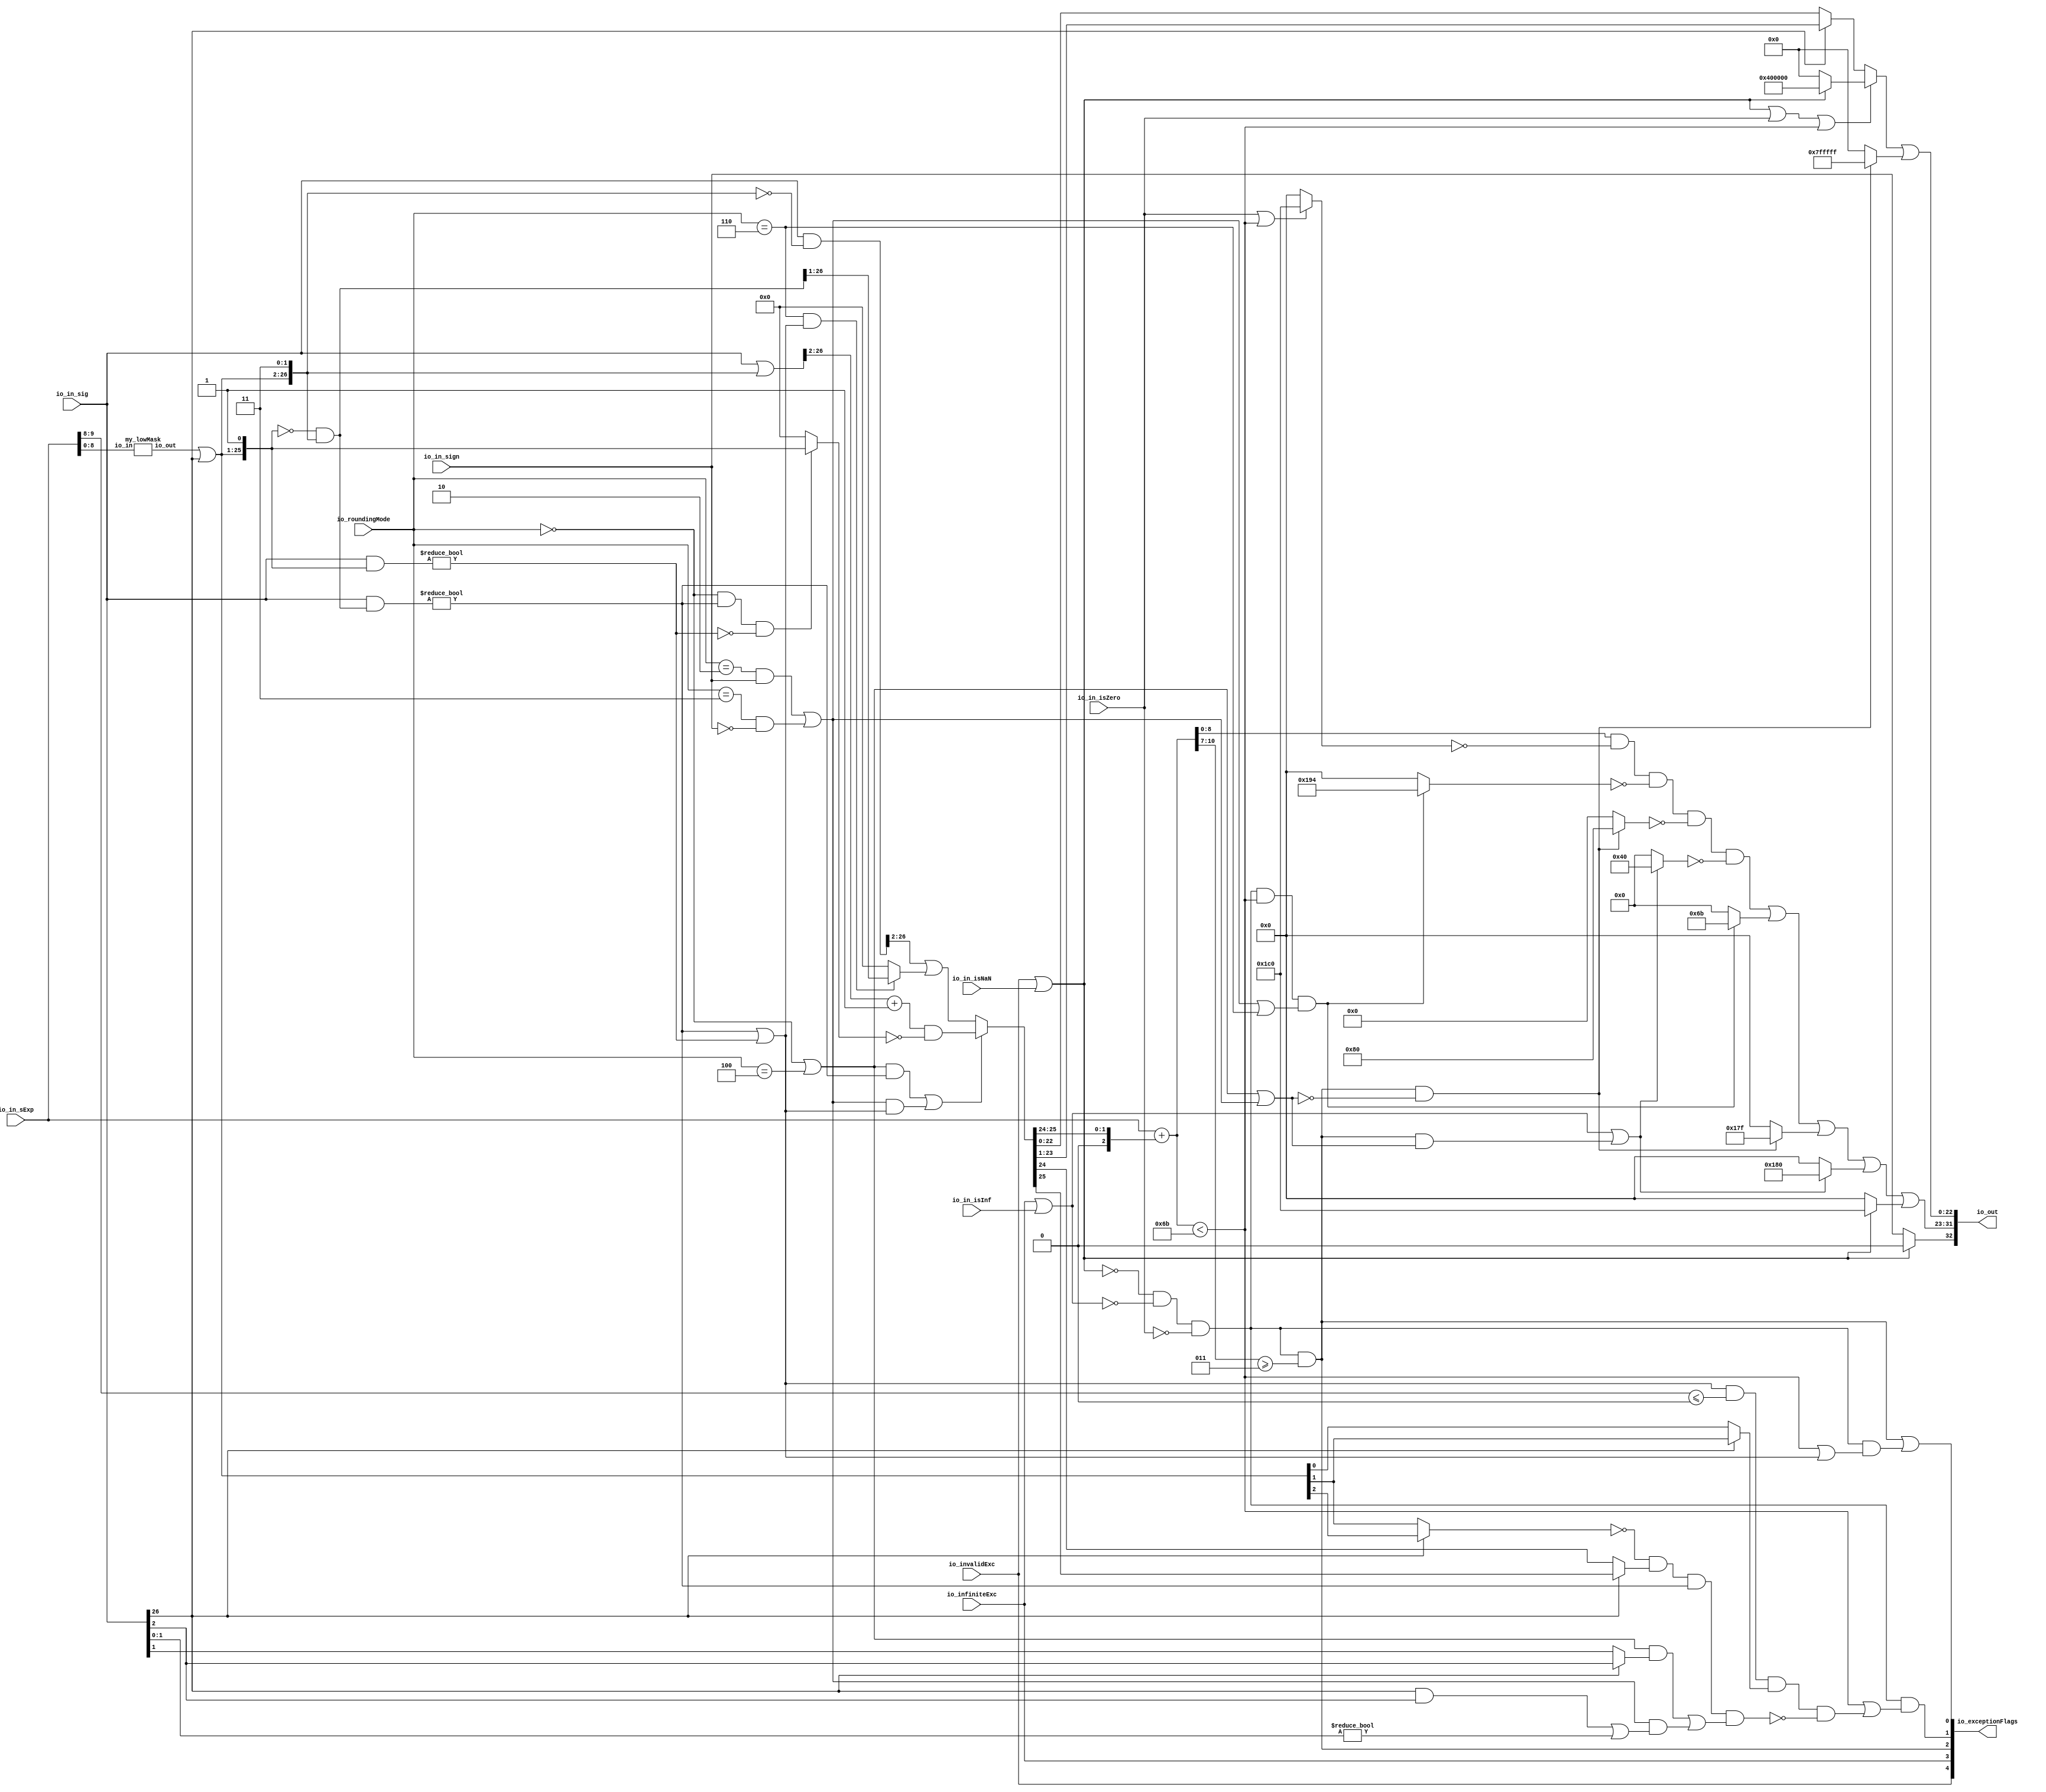
module RoundAnyRawFNToRecFN( // @[:freechips.rocketchip.system.DefaultRV32Config.fir@190939.2]
  input         io_invalidExc, // @[:freechips.rocketchip.system.DefaultRV32Config.fir@190940.4]
  input         io_infiniteExc, // @[:freechips.rocketchip.system.DefaultRV32Config.fir@190940.4]
  input         io_in_isNaN, // @[:freechips.rocketchip.system.DefaultRV32Config.fir@190940.4]
  input         io_in_isInf, // @[:freechips.rocketchip.system.DefaultRV32Config.fir@190940.4]
  input         io_in_isZero, // @[:freechips.rocketchip.system.DefaultRV32Config.fir@190940.4]
  input         io_in_sign, // @[:freechips.rocketchip.system.DefaultRV32Config.fir@190940.4]
  input  [9:0]  io_in_sExp, // @[:freechips.rocketchip.system.DefaultRV32Config.fir@190940.4]
  input  [26:0] io_in_sig, // @[:freechips.rocketchip.system.DefaultRV32Config.fir@190940.4]
  input  [2:0]  io_roundingMode, // @[:freechips.rocketchip.system.DefaultRV32Config.fir@190940.4]
  output [32:0] io_out, // @[:freechips.rocketchip.system.DefaultRV32Config.fir@190940.4]
  output [4:0]  io_exceptionFlags // @[:freechips.rocketchip.system.DefaultRV32Config.fir@190940.4]
);
  wire [8:0] my_lowMask_io_in; // @[RoundAnyRawFNToRecFN.scala 160:40:freechips.rocketchip.system.DefaultRV32Config.fir@190967.4]
  wire [24:0] my_lowMask_io_out; // @[RoundAnyRawFNToRecFN.scala 160:40:freechips.rocketchip.system.DefaultRV32Config.fir@190967.4]
  wire  roundingMode_near_even; // @[RoundAnyRawFNToRecFN.scala 88:53:freechips.rocketchip.system.DefaultRV32Config.fir@190943.4]
  wire  roundingMode_min; // @[RoundAnyRawFNToRecFN.scala 90:53:freechips.rocketchip.system.DefaultRV32Config.fir@190945.4]
  wire  roundingMode_max; // @[RoundAnyRawFNToRecFN.scala 91:53:freechips.rocketchip.system.DefaultRV32Config.fir@190946.4]
  wire  roundingMode_near_maxMag; // @[RoundAnyRawFNToRecFN.scala 92:53:freechips.rocketchip.system.DefaultRV32Config.fir@190947.4]
  wire  roundingMode_odd; // @[RoundAnyRawFNToRecFN.scala 93:53:freechips.rocketchip.system.DefaultRV32Config.fir@190948.4]
  wire  _T; // @[RoundAnyRawFNToRecFN.scala 96:27:freechips.rocketchip.system.DefaultRV32Config.fir@190949.4]
  wire  _T_1; // @[RoundAnyRawFNToRecFN.scala 96:66:freechips.rocketchip.system.DefaultRV32Config.fir@190950.4]
  wire  _T_2; // @[RoundAnyRawFNToRecFN.scala 96:63:freechips.rocketchip.system.DefaultRV32Config.fir@190951.4]
  wire  roundMagUp; // @[RoundAnyRawFNToRecFN.scala 96:42:freechips.rocketchip.system.DefaultRV32Config.fir@190952.4]
  wire  doShiftSigDown1; // @[RoundAnyRawFNToRecFN.scala 120:61:freechips.rocketchip.system.DefaultRV32Config.fir@190954.4]
  wire [24:0] _GEN_0; // @[RoundAnyRawFNToRecFN.scala 163:21:freechips.rocketchip.system.DefaultRV32Config.fir@190971.4]
  wire [24:0] _T_4; // @[RoundAnyRawFNToRecFN.scala 163:21:freechips.rocketchip.system.DefaultRV32Config.fir@190971.4]
  wire [26:0] roundMask; // @[Cat.scala 29:58:freechips.rocketchip.system.DefaultRV32Config.fir@190972.4]
  wire [26:0] shiftedRoundMask; // @[Cat.scala 29:58:freechips.rocketchip.system.DefaultRV32Config.fir@190974.4]
  wire [26:0] _T_6; // @[RoundAnyRawFNToRecFN.scala 170:28:freechips.rocketchip.system.DefaultRV32Config.fir@190975.4]
  wire [26:0] roundPosMask; // @[RoundAnyRawFNToRecFN.scala 170:46:freechips.rocketchip.system.DefaultRV32Config.fir@190976.4]
  wire [26:0] _T_7; // @[RoundAnyRawFNToRecFN.scala 172:40:freechips.rocketchip.system.DefaultRV32Config.fir@190977.4]
  wire  roundPosBit; // @[RoundAnyRawFNToRecFN.scala 172:56:freechips.rocketchip.system.DefaultRV32Config.fir@190978.4]
  wire [26:0] _T_8; // @[RoundAnyRawFNToRecFN.scala 174:42:freechips.rocketchip.system.DefaultRV32Config.fir@190979.4]
  wire  anyRoundExtra; // @[RoundAnyRawFNToRecFN.scala 174:62:freechips.rocketchip.system.DefaultRV32Config.fir@190980.4]
  wire  anyRound; // @[RoundAnyRawFNToRecFN.scala 176:36:freechips.rocketchip.system.DefaultRV32Config.fir@190981.4]
  wire  _T_9; // @[RoundAnyRawFNToRecFN.scala 180:38:freechips.rocketchip.system.DefaultRV32Config.fir@190982.4]
  wire  _T_10; // @[RoundAnyRawFNToRecFN.scala 180:67:freechips.rocketchip.system.DefaultRV32Config.fir@190983.4]
  wire  _T_11; // @[RoundAnyRawFNToRecFN.scala 182:29:freechips.rocketchip.system.DefaultRV32Config.fir@190984.4]
  wire  roundIncr; // @[RoundAnyRawFNToRecFN.scala 181:31:freechips.rocketchip.system.DefaultRV32Config.fir@190985.4]
  wire [26:0] _T_12; // @[RoundAnyRawFNToRecFN.scala 186:32:freechips.rocketchip.system.DefaultRV32Config.fir@190986.4]
  wire [25:0] _T_14; // @[RoundAnyRawFNToRecFN.scala 186:49:freechips.rocketchip.system.DefaultRV32Config.fir@190988.4]
  wire  _T_15; // @[RoundAnyRawFNToRecFN.scala 187:49:freechips.rocketchip.system.DefaultRV32Config.fir@190989.4]
  wire  _T_16; // @[RoundAnyRawFNToRecFN.scala 188:30:freechips.rocketchip.system.DefaultRV32Config.fir@190990.4]
  wire  _T_17; // @[RoundAnyRawFNToRecFN.scala 187:64:freechips.rocketchip.system.DefaultRV32Config.fir@190991.4]
  wire [25:0] _T_19; // @[RoundAnyRawFNToRecFN.scala 187:25:freechips.rocketchip.system.DefaultRV32Config.fir@190993.4]
  wire [25:0] _T_20; // @[RoundAnyRawFNToRecFN.scala 187:21:freechips.rocketchip.system.DefaultRV32Config.fir@190994.4]
  wire [25:0] _T_21; // @[RoundAnyRawFNToRecFN.scala 186:61:freechips.rocketchip.system.DefaultRV32Config.fir@190995.4]
  wire [26:0] _T_22; // @[RoundAnyRawFNToRecFN.scala 192:32:freechips.rocketchip.system.DefaultRV32Config.fir@190996.4]
  wire [26:0] _T_23; // @[RoundAnyRawFNToRecFN.scala 192:30:freechips.rocketchip.system.DefaultRV32Config.fir@190997.4]
  wire  _T_25; // @[RoundAnyRawFNToRecFN.scala 193:42:freechips.rocketchip.system.DefaultRV32Config.fir@190999.4]
  wire [25:0] _T_27; // @[RoundAnyRawFNToRecFN.scala 193:24:freechips.rocketchip.system.DefaultRV32Config.fir@191001.4]
  wire [25:0] _GEN_1; // @[RoundAnyRawFNToRecFN.scala 192:47:freechips.rocketchip.system.DefaultRV32Config.fir@191002.4]
  wire [25:0] _T_28; // @[RoundAnyRawFNToRecFN.scala 192:47:freechips.rocketchip.system.DefaultRV32Config.fir@191002.4]
  wire [25:0] roundedSig; // @[RoundAnyRawFNToRecFN.scala 185:16:freechips.rocketchip.system.DefaultRV32Config.fir@191003.4]
  wire [2:0] _T_30; // @[RoundAnyRawFNToRecFN.scala 198:69:freechips.rocketchip.system.DefaultRV32Config.fir@191005.4]
  wire [9:0] _GEN_2; // @[RoundAnyRawFNToRecFN.scala 198:40:freechips.rocketchip.system.DefaultRV32Config.fir@191006.4]
  wire [10:0] sRoundedExp; // @[RoundAnyRawFNToRecFN.scala 198:40:freechips.rocketchip.system.DefaultRV32Config.fir@191006.4]
  wire [8:0] common_expOut; // @[RoundAnyRawFNToRecFN.scala 201:37:freechips.rocketchip.system.DefaultRV32Config.fir@191007.4]
  wire [22:0] common_fractOut; // @[RoundAnyRawFNToRecFN.scala 203:16:freechips.rocketchip.system.DefaultRV32Config.fir@191011.4]
  wire [3:0] _T_35; // @[RoundAnyRawFNToRecFN.scala 210:30:freechips.rocketchip.system.DefaultRV32Config.fir@191013.4]
  wire  common_overflow; // @[RoundAnyRawFNToRecFN.scala 210:50:freechips.rocketchip.system.DefaultRV32Config.fir@191014.4]
  wire  common_totalUnderflow; // @[RoundAnyRawFNToRecFN.scala 214:31:freechips.rocketchip.system.DefaultRV32Config.fir@191016.4]
  wire  unboundedRange_roundPosBit; // @[RoundAnyRawFNToRecFN.scala 217:16:freechips.rocketchip.system.DefaultRV32Config.fir@191020.4]
  wire  _T_41; // @[RoundAnyRawFNToRecFN.scala 220:30:freechips.rocketchip.system.DefaultRV32Config.fir@191022.4]
  wire  _T_43; // @[RoundAnyRawFNToRecFN.scala 220:70:freechips.rocketchip.system.DefaultRV32Config.fir@191024.4]
  wire  unboundedRange_anyRound; // @[RoundAnyRawFNToRecFN.scala 220:49:freechips.rocketchip.system.DefaultRV32Config.fir@191025.4]
  wire  _T_45; // @[RoundAnyRawFNToRecFN.scala 223:67:freechips.rocketchip.system.DefaultRV32Config.fir@191027.4]
  wire  _T_46; // @[RoundAnyRawFNToRecFN.scala 225:29:freechips.rocketchip.system.DefaultRV32Config.fir@191028.4]
  wire  unboundedRange_roundIncr; // @[RoundAnyRawFNToRecFN.scala 224:46:freechips.rocketchip.system.DefaultRV32Config.fir@191029.4]
  wire  roundCarry; // @[RoundAnyRawFNToRecFN.scala 228:16:freechips.rocketchip.system.DefaultRV32Config.fir@191032.4]
  wire [1:0] _T_49; // @[RoundAnyRawFNToRecFN.scala 238:48:freechips.rocketchip.system.DefaultRV32Config.fir@191033.4]
  wire  _T_50; // @[RoundAnyRawFNToRecFN.scala 238:62:freechips.rocketchip.system.DefaultRV32Config.fir@191034.4]
  wire  _T_51; // @[RoundAnyRawFNToRecFN.scala 238:32:freechips.rocketchip.system.DefaultRV32Config.fir@191035.4]
  wire  _T_54; // @[RoundAnyRawFNToRecFN.scala 239:30:freechips.rocketchip.system.DefaultRV32Config.fir@191038.4]
  wire  _T_55; // @[RoundAnyRawFNToRecFN.scala 238:74:freechips.rocketchip.system.DefaultRV32Config.fir@191039.4]
  wire  _T_59; // @[RoundAnyRawFNToRecFN.scala 241:39:freechips.rocketchip.system.DefaultRV32Config.fir@191043.4]
  wire  _T_60; // @[RoundAnyRawFNToRecFN.scala 241:34:freechips.rocketchip.system.DefaultRV32Config.fir@191044.4]
  wire  _T_62; // @[RoundAnyRawFNToRecFN.scala 244:38:freechips.rocketchip.system.DefaultRV32Config.fir@191046.4]
  wire  _T_63; // @[RoundAnyRawFNToRecFN.scala 245:45:freechips.rocketchip.system.DefaultRV32Config.fir@191047.4]
  wire  _T_64; // @[RoundAnyRawFNToRecFN.scala 245:60:freechips.rocketchip.system.DefaultRV32Config.fir@191048.4]
  wire  _T_65; // @[RoundAnyRawFNToRecFN.scala 240:27:freechips.rocketchip.system.DefaultRV32Config.fir@191049.4]
  wire  _T_66; // @[RoundAnyRawFNToRecFN.scala 239:76:freechips.rocketchip.system.DefaultRV32Config.fir@191050.4]
  wire  common_underflow; // @[RoundAnyRawFNToRecFN.scala 235:40:freechips.rocketchip.system.DefaultRV32Config.fir@191051.4]
  wire  common_inexact; // @[RoundAnyRawFNToRecFN.scala 248:49:freechips.rocketchip.system.DefaultRV32Config.fir@191053.4]
  wire  isNaNOut; // @[RoundAnyRawFNToRecFN.scala 253:34:freechips.rocketchip.system.DefaultRV32Config.fir@191055.4]
  wire  notNaN_isSpecialInfOut; // @[RoundAnyRawFNToRecFN.scala 254:49:freechips.rocketchip.system.DefaultRV32Config.fir@191056.4]
  wire  _T_69; // @[RoundAnyRawFNToRecFN.scala 255:22:freechips.rocketchip.system.DefaultRV32Config.fir@191057.4]
  wire  _T_70; // @[RoundAnyRawFNToRecFN.scala 255:36:freechips.rocketchip.system.DefaultRV32Config.fir@191058.4]
  wire  _T_71; // @[RoundAnyRawFNToRecFN.scala 255:33:freechips.rocketchip.system.DefaultRV32Config.fir@191059.4]
  wire  _T_72; // @[RoundAnyRawFNToRecFN.scala 255:64:freechips.rocketchip.system.DefaultRV32Config.fir@191060.4]
  wire  commonCase; // @[RoundAnyRawFNToRecFN.scala 255:61:freechips.rocketchip.system.DefaultRV32Config.fir@191061.4]
  wire  overflow; // @[RoundAnyRawFNToRecFN.scala 256:32:freechips.rocketchip.system.DefaultRV32Config.fir@191062.4]
  wire  underflow; // @[RoundAnyRawFNToRecFN.scala 257:32:freechips.rocketchip.system.DefaultRV32Config.fir@191063.4]
  wire  _T_73; // @[RoundAnyRawFNToRecFN.scala 258:43:freechips.rocketchip.system.DefaultRV32Config.fir@191064.4]
  wire  inexact; // @[RoundAnyRawFNToRecFN.scala 258:28:freechips.rocketchip.system.DefaultRV32Config.fir@191065.4]
  wire  overflow_roundMagUp; // @[RoundAnyRawFNToRecFN.scala 261:60:freechips.rocketchip.system.DefaultRV32Config.fir@191067.4]
  wire  _T_75; // @[RoundAnyRawFNToRecFN.scala 263:20:freechips.rocketchip.system.DefaultRV32Config.fir@191068.4]
  wire  _T_76; // @[RoundAnyRawFNToRecFN.scala 263:60:freechips.rocketchip.system.DefaultRV32Config.fir@191069.4]
  wire  pegMinNonzeroMagOut; // @[RoundAnyRawFNToRecFN.scala 263:45:freechips.rocketchip.system.DefaultRV32Config.fir@191070.4]
  wire  _T_77; // @[RoundAnyRawFNToRecFN.scala 264:42:freechips.rocketchip.system.DefaultRV32Config.fir@191071.4]
  wire  pegMaxFiniteMagOut; // @[RoundAnyRawFNToRecFN.scala 264:39:freechips.rocketchip.system.DefaultRV32Config.fir@191072.4]
  wire  _T_78; // @[RoundAnyRawFNToRecFN.scala 266:45:freechips.rocketchip.system.DefaultRV32Config.fir@191073.4]
  wire  notNaN_isInfOut; // @[RoundAnyRawFNToRecFN.scala 266:32:freechips.rocketchip.system.DefaultRV32Config.fir@191074.4]
  wire  signOut; // @[RoundAnyRawFNToRecFN.scala 268:22:freechips.rocketchip.system.DefaultRV32Config.fir@191075.4]
  wire  _T_79; // @[RoundAnyRawFNToRecFN.scala 271:32:freechips.rocketchip.system.DefaultRV32Config.fir@191076.4]
  wire [8:0] _T_80; // @[RoundAnyRawFNToRecFN.scala 271:18:freechips.rocketchip.system.DefaultRV32Config.fir@191077.4]
  wire [8:0] _T_81; // @[RoundAnyRawFNToRecFN.scala 271:14:freechips.rocketchip.system.DefaultRV32Config.fir@191078.4]
  wire [8:0] _T_82; // @[RoundAnyRawFNToRecFN.scala 270:24:freechips.rocketchip.system.DefaultRV32Config.fir@191079.4]
  wire [8:0] _T_84; // @[RoundAnyRawFNToRecFN.scala 275:18:freechips.rocketchip.system.DefaultRV32Config.fir@191081.4]
  wire [8:0] _T_85; // @[RoundAnyRawFNToRecFN.scala 275:14:freechips.rocketchip.system.DefaultRV32Config.fir@191082.4]
  wire [8:0] _T_86; // @[RoundAnyRawFNToRecFN.scala 274:17:freechips.rocketchip.system.DefaultRV32Config.fir@191083.4]
  wire [8:0] _T_87; // @[RoundAnyRawFNToRecFN.scala 279:18:freechips.rocketchip.system.DefaultRV32Config.fir@191084.4]
  wire [8:0] _T_88; // @[RoundAnyRawFNToRecFN.scala 279:14:freechips.rocketchip.system.DefaultRV32Config.fir@191085.4]
  wire [8:0] _T_89; // @[RoundAnyRawFNToRecFN.scala 278:17:freechips.rocketchip.system.DefaultRV32Config.fir@191086.4]
  wire [8:0] _T_90; // @[RoundAnyRawFNToRecFN.scala 283:18:freechips.rocketchip.system.DefaultRV32Config.fir@191087.4]
  wire [8:0] _T_91; // @[RoundAnyRawFNToRecFN.scala 283:14:freechips.rocketchip.system.DefaultRV32Config.fir@191088.4]
  wire [8:0] _T_92; // @[RoundAnyRawFNToRecFN.scala 282:17:freechips.rocketchip.system.DefaultRV32Config.fir@191089.4]
  wire [8:0] _T_93; // @[RoundAnyRawFNToRecFN.scala 287:16:freechips.rocketchip.system.DefaultRV32Config.fir@191090.4]
  wire [8:0] _T_94; // @[RoundAnyRawFNToRecFN.scala 286:18:freechips.rocketchip.system.DefaultRV32Config.fir@191091.4]
  wire [8:0] _T_95; // @[RoundAnyRawFNToRecFN.scala 291:16:freechips.rocketchip.system.DefaultRV32Config.fir@191092.4]
  wire [8:0] _T_96; // @[RoundAnyRawFNToRecFN.scala 290:15:freechips.rocketchip.system.DefaultRV32Config.fir@191093.4]
  wire [8:0] _T_97; // @[RoundAnyRawFNToRecFN.scala 295:16:freechips.rocketchip.system.DefaultRV32Config.fir@191094.4]
  wire [8:0] _T_98; // @[RoundAnyRawFNToRecFN.scala 294:15:freechips.rocketchip.system.DefaultRV32Config.fir@191095.4]
  wire [8:0] _T_99; // @[RoundAnyRawFNToRecFN.scala 296:16:freechips.rocketchip.system.DefaultRV32Config.fir@191096.4]
  wire [8:0] expOut; // @[RoundAnyRawFNToRecFN.scala 295:77:freechips.rocketchip.system.DefaultRV32Config.fir@191097.4]
  wire  _T_100; // @[RoundAnyRawFNToRecFN.scala 298:22:freechips.rocketchip.system.DefaultRV32Config.fir@191098.4]
  wire  _T_101; // @[RoundAnyRawFNToRecFN.scala 298:38:freechips.rocketchip.system.DefaultRV32Config.fir@191099.4]
  wire [22:0] _T_102; // @[RoundAnyRawFNToRecFN.scala 299:16:freechips.rocketchip.system.DefaultRV32Config.fir@191100.4]
  wire [22:0] _T_103; // @[RoundAnyRawFNToRecFN.scala 298:12:freechips.rocketchip.system.DefaultRV32Config.fir@191101.4]
  wire [22:0] _T_105; // @[Bitwise.scala 71:12:freechips.rocketchip.system.DefaultRV32Config.fir@191103.4]
  wire [22:0] fractOut; // @[RoundAnyRawFNToRecFN.scala 301:11:freechips.rocketchip.system.DefaultRV32Config.fir@191104.4]
  wire [9:0] _T_106; // @[Cat.scala 29:58:freechips.rocketchip.system.DefaultRV32Config.fir@191105.4]
  wire [1:0] _T_108; // @[Cat.scala 29:58:freechips.rocketchip.system.DefaultRV32Config.fir@191108.4]
  wire [2:0] _T_110; // @[Cat.scala 29:58:freechips.rocketchip.system.DefaultRV32Config.fir@191110.4]
  my_lowMask my_lowMask ( // @[RoundAnyRawFNToRecFN.scala 160:40:freechips.rocketchip.system.DefaultRV32Config.fir@190967.4]
    .io_in(my_lowMask_io_in),
    .io_out(my_lowMask_io_out)
  );
  assign roundingMode_near_even = io_roundingMode == 3'h0; // @[RoundAnyRawFNToRecFN.scala 88:53:freechips.rocketchip.system.DefaultRV32Config.fir@190943.4]
  assign roundingMode_min = io_roundingMode == 3'h2; // @[RoundAnyRawFNToRecFN.scala 90:53:freechips.rocketchip.system.DefaultRV32Config.fir@190945.4]
  assign roundingMode_max = io_roundingMode == 3'h3; // @[RoundAnyRawFNToRecFN.scala 91:53:freechips.rocketchip.system.DefaultRV32Config.fir@190946.4]
  assign roundingMode_near_maxMag = io_roundingMode == 3'h4; // @[RoundAnyRawFNToRecFN.scala 92:53:freechips.rocketchip.system.DefaultRV32Config.fir@190947.4]
  assign roundingMode_odd = io_roundingMode == 3'h6; // @[RoundAnyRawFNToRecFN.scala 93:53:freechips.rocketchip.system.DefaultRV32Config.fir@190948.4]
  assign _T = roundingMode_min & io_in_sign; // @[RoundAnyRawFNToRecFN.scala 96:27:freechips.rocketchip.system.DefaultRV32Config.fir@190949.4]
  assign _T_1 = ~io_in_sign; // @[RoundAnyRawFNToRecFN.scala 96:66:freechips.rocketchip.system.DefaultRV32Config.fir@190950.4]
  assign _T_2 = roundingMode_max & _T_1; // @[RoundAnyRawFNToRecFN.scala 96:63:freechips.rocketchip.system.DefaultRV32Config.fir@190951.4]
  assign roundMagUp = _T | _T_2; // @[RoundAnyRawFNToRecFN.scala 96:42:freechips.rocketchip.system.DefaultRV32Config.fir@190952.4]
  assign doShiftSigDown1 = io_in_sig[26]; // @[RoundAnyRawFNToRecFN.scala 120:61:freechips.rocketchip.system.DefaultRV32Config.fir@190954.4]
  assign _GEN_0 = {{24'd0}, doShiftSigDown1}; // @[RoundAnyRawFNToRecFN.scala 163:21:freechips.rocketchip.system.DefaultRV32Config.fir@190971.4]
  assign _T_4 = my_lowMask_io_out | _GEN_0; // @[RoundAnyRawFNToRecFN.scala 163:21:freechips.rocketchip.system.DefaultRV32Config.fir@190971.4]
  assign roundMask = {_T_4,2'h3}; // @[Cat.scala 29:58:freechips.rocketchip.system.DefaultRV32Config.fir@190972.4]
  assign shiftedRoundMask = {1'h0,roundMask[26:1]}; // @[Cat.scala 29:58:freechips.rocketchip.system.DefaultRV32Config.fir@190974.4]
  assign _T_6 = ~shiftedRoundMask; // @[RoundAnyRawFNToRecFN.scala 170:28:freechips.rocketchip.system.DefaultRV32Config.fir@190975.4]
  assign roundPosMask = _T_6 & roundMask; // @[RoundAnyRawFNToRecFN.scala 170:46:freechips.rocketchip.system.DefaultRV32Config.fir@190976.4]
  assign _T_7 = io_in_sig & roundPosMask; // @[RoundAnyRawFNToRecFN.scala 172:40:freechips.rocketchip.system.DefaultRV32Config.fir@190977.4]
  assign roundPosBit = _T_7 != 27'h0; // @[RoundAnyRawFNToRecFN.scala 172:56:freechips.rocketchip.system.DefaultRV32Config.fir@190978.4]
  assign _T_8 = io_in_sig & shiftedRoundMask; // @[RoundAnyRawFNToRecFN.scala 174:42:freechips.rocketchip.system.DefaultRV32Config.fir@190979.4]
  assign anyRoundExtra = _T_8 != 27'h0; // @[RoundAnyRawFNToRecFN.scala 174:62:freechips.rocketchip.system.DefaultRV32Config.fir@190980.4]
  assign anyRound = roundPosBit | anyRoundExtra; // @[RoundAnyRawFNToRecFN.scala 176:36:freechips.rocketchip.system.DefaultRV32Config.fir@190981.4]
  assign _T_9 = roundingMode_near_even | roundingMode_near_maxMag; // @[RoundAnyRawFNToRecFN.scala 180:38:freechips.rocketchip.system.DefaultRV32Config.fir@190982.4]
  assign _T_10 = _T_9 & roundPosBit; // @[RoundAnyRawFNToRecFN.scala 180:67:freechips.rocketchip.system.DefaultRV32Config.fir@190983.4]
  assign _T_11 = roundMagUp & anyRound; // @[RoundAnyRawFNToRecFN.scala 182:29:freechips.rocketchip.system.DefaultRV32Config.fir@190984.4]
  assign roundIncr = _T_10 | _T_11; // @[RoundAnyRawFNToRecFN.scala 181:31:freechips.rocketchip.system.DefaultRV32Config.fir@190985.4]
  assign _T_12 = io_in_sig | roundMask; // @[RoundAnyRawFNToRecFN.scala 186:32:freechips.rocketchip.system.DefaultRV32Config.fir@190986.4]
  assign _T_14 = _T_12[26:2] + 25'h1; // @[RoundAnyRawFNToRecFN.scala 186:49:freechips.rocketchip.system.DefaultRV32Config.fir@190988.4]
  assign _T_15 = roundingMode_near_even & roundPosBit; // @[RoundAnyRawFNToRecFN.scala 187:49:freechips.rocketchip.system.DefaultRV32Config.fir@190989.4]
  assign _T_16 = ~anyRoundExtra; // @[RoundAnyRawFNToRecFN.scala 188:30:freechips.rocketchip.system.DefaultRV32Config.fir@190990.4]
  assign _T_17 = _T_15 & _T_16; // @[RoundAnyRawFNToRecFN.scala 187:64:freechips.rocketchip.system.DefaultRV32Config.fir@190991.4]
  assign _T_19 = _T_17 ? roundMask[26:1] : 26'h0; // @[RoundAnyRawFNToRecFN.scala 187:25:freechips.rocketchip.system.DefaultRV32Config.fir@190993.4]
  assign _T_20 = ~_T_19; // @[RoundAnyRawFNToRecFN.scala 187:21:freechips.rocketchip.system.DefaultRV32Config.fir@190994.4]
  assign _T_21 = _T_14 & _T_20; // @[RoundAnyRawFNToRecFN.scala 186:61:freechips.rocketchip.system.DefaultRV32Config.fir@190995.4]
  assign _T_22 = ~roundMask; // @[RoundAnyRawFNToRecFN.scala 192:32:freechips.rocketchip.system.DefaultRV32Config.fir@190996.4]
  assign _T_23 = io_in_sig & _T_22; // @[RoundAnyRawFNToRecFN.scala 192:30:freechips.rocketchip.system.DefaultRV32Config.fir@190997.4]
  assign _T_25 = roundingMode_odd & anyRound; // @[RoundAnyRawFNToRecFN.scala 193:42:freechips.rocketchip.system.DefaultRV32Config.fir@190999.4]
  assign _T_27 = _T_25 ? roundPosMask[26:1] : 26'h0; // @[RoundAnyRawFNToRecFN.scala 193:24:freechips.rocketchip.system.DefaultRV32Config.fir@191001.4]
  assign _GEN_1 = {{1'd0}, _T_23[26:2]}; // @[RoundAnyRawFNToRecFN.scala 192:47:freechips.rocketchip.system.DefaultRV32Config.fir@191002.4]
  assign _T_28 = _GEN_1 | _T_27; // @[RoundAnyRawFNToRecFN.scala 192:47:freechips.rocketchip.system.DefaultRV32Config.fir@191002.4]
  assign roundedSig = roundIncr ? _T_21 : _T_28; // @[RoundAnyRawFNToRecFN.scala 185:16:freechips.rocketchip.system.DefaultRV32Config.fir@191003.4]
  assign _T_30 = {1'b0,$signed(roundedSig[25:24])}; // @[RoundAnyRawFNToRecFN.scala 198:69:freechips.rocketchip.system.DefaultRV32Config.fir@191005.4]
  assign _GEN_2 = {{7{_T_30[2]}},_T_30}; // @[RoundAnyRawFNToRecFN.scala 198:40:freechips.rocketchip.system.DefaultRV32Config.fir@191006.4]
  assign sRoundedExp = $signed(io_in_sExp) + $signed(_GEN_2); // @[RoundAnyRawFNToRecFN.scala 198:40:freechips.rocketchip.system.DefaultRV32Config.fir@191006.4]
  assign common_expOut = sRoundedExp[8:0]; // @[RoundAnyRawFNToRecFN.scala 201:37:freechips.rocketchip.system.DefaultRV32Config.fir@191007.4]
  assign common_fractOut = doShiftSigDown1 ? roundedSig[23:1] : roundedSig[22:0]; // @[RoundAnyRawFNToRecFN.scala 203:16:freechips.rocketchip.system.DefaultRV32Config.fir@191011.4]
  assign _T_35 = sRoundedExp[10:7]; // @[RoundAnyRawFNToRecFN.scala 210:30:freechips.rocketchip.system.DefaultRV32Config.fir@191013.4]
  assign common_overflow = $signed(_T_35) >= 4'sh3; // @[RoundAnyRawFNToRecFN.scala 210:50:freechips.rocketchip.system.DefaultRV32Config.fir@191014.4]
  assign common_totalUnderflow = $signed(sRoundedExp) < 11'sh6b; // @[RoundAnyRawFNToRecFN.scala 214:31:freechips.rocketchip.system.DefaultRV32Config.fir@191016.4]
  assign unboundedRange_roundPosBit = doShiftSigDown1 ? io_in_sig[2] : io_in_sig[1]; // @[RoundAnyRawFNToRecFN.scala 217:16:freechips.rocketchip.system.DefaultRV32Config.fir@191020.4]
  assign _T_41 = doShiftSigDown1 & io_in_sig[2]; // @[RoundAnyRawFNToRecFN.scala 220:30:freechips.rocketchip.system.DefaultRV32Config.fir@191022.4]
  assign _T_43 = io_in_sig[1:0] != 2'h0; // @[RoundAnyRawFNToRecFN.scala 220:70:freechips.rocketchip.system.DefaultRV32Config.fir@191024.4]
  assign unboundedRange_anyRound = _T_41 | _T_43; // @[RoundAnyRawFNToRecFN.scala 220:49:freechips.rocketchip.system.DefaultRV32Config.fir@191025.4]
  assign _T_45 = _T_9 & unboundedRange_roundPosBit; // @[RoundAnyRawFNToRecFN.scala 223:67:freechips.rocketchip.system.DefaultRV32Config.fir@191027.4]
  assign _T_46 = roundMagUp & unboundedRange_anyRound; // @[RoundAnyRawFNToRecFN.scala 225:29:freechips.rocketchip.system.DefaultRV32Config.fir@191028.4]
  assign unboundedRange_roundIncr = _T_45 | _T_46; // @[RoundAnyRawFNToRecFN.scala 224:46:freechips.rocketchip.system.DefaultRV32Config.fir@191029.4]
  assign roundCarry = doShiftSigDown1 ? roundedSig[25] : roundedSig[24]; // @[RoundAnyRawFNToRecFN.scala 228:16:freechips.rocketchip.system.DefaultRV32Config.fir@191032.4]
  assign _T_49 = io_in_sExp[9:8]; // @[RoundAnyRawFNToRecFN.scala 238:48:freechips.rocketchip.system.DefaultRV32Config.fir@191033.4]
  assign _T_50 = $signed(_T_49) <= 2'sh0; // @[RoundAnyRawFNToRecFN.scala 238:62:freechips.rocketchip.system.DefaultRV32Config.fir@191034.4]
  assign _T_51 = anyRound & _T_50; // @[RoundAnyRawFNToRecFN.scala 238:32:freechips.rocketchip.system.DefaultRV32Config.fir@191035.4]
  assign _T_54 = doShiftSigDown1 ? roundMask[3] : roundMask[2]; // @[RoundAnyRawFNToRecFN.scala 239:30:freechips.rocketchip.system.DefaultRV32Config.fir@191038.4]
  assign _T_55 = _T_51 & _T_54; // @[RoundAnyRawFNToRecFN.scala 238:74:freechips.rocketchip.system.DefaultRV32Config.fir@191039.4]
  assign _T_59 = doShiftSigDown1 ? roundMask[4] : roundMask[3]; // @[RoundAnyRawFNToRecFN.scala 241:39:freechips.rocketchip.system.DefaultRV32Config.fir@191043.4]
  assign _T_60 = ~_T_59; // @[RoundAnyRawFNToRecFN.scala 241:34:freechips.rocketchip.system.DefaultRV32Config.fir@191044.4]
  assign _T_62 = _T_60 & roundCarry; // @[RoundAnyRawFNToRecFN.scala 244:38:freechips.rocketchip.system.DefaultRV32Config.fir@191046.4]
  assign _T_63 = _T_62 & roundPosBit; // @[RoundAnyRawFNToRecFN.scala 245:45:freechips.rocketchip.system.DefaultRV32Config.fir@191047.4]
  assign _T_64 = _T_63 & unboundedRange_roundIncr; // @[RoundAnyRawFNToRecFN.scala 245:60:freechips.rocketchip.system.DefaultRV32Config.fir@191048.4]
  assign _T_65 = ~_T_64; // @[RoundAnyRawFNToRecFN.scala 240:27:freechips.rocketchip.system.DefaultRV32Config.fir@191049.4]
  assign _T_66 = _T_55 & _T_65; // @[RoundAnyRawFNToRecFN.scala 239:76:freechips.rocketchip.system.DefaultRV32Config.fir@191050.4]
  assign common_underflow = common_totalUnderflow | _T_66; // @[RoundAnyRawFNToRecFN.scala 235:40:freechips.rocketchip.system.DefaultRV32Config.fir@191051.4]
  assign common_inexact = common_totalUnderflow | anyRound; // @[RoundAnyRawFNToRecFN.scala 248:49:freechips.rocketchip.system.DefaultRV32Config.fir@191053.4]
  assign isNaNOut = io_invalidExc | io_in_isNaN; // @[RoundAnyRawFNToRecFN.scala 253:34:freechips.rocketchip.system.DefaultRV32Config.fir@191055.4]
  assign notNaN_isSpecialInfOut = io_infiniteExc | io_in_isInf; // @[RoundAnyRawFNToRecFN.scala 254:49:freechips.rocketchip.system.DefaultRV32Config.fir@191056.4]
  assign _T_69 = ~isNaNOut; // @[RoundAnyRawFNToRecFN.scala 255:22:freechips.rocketchip.system.DefaultRV32Config.fir@191057.4]
  assign _T_70 = ~notNaN_isSpecialInfOut; // @[RoundAnyRawFNToRecFN.scala 255:36:freechips.rocketchip.system.DefaultRV32Config.fir@191058.4]
  assign _T_71 = _T_69 & _T_70; // @[RoundAnyRawFNToRecFN.scala 255:33:freechips.rocketchip.system.DefaultRV32Config.fir@191059.4]
  assign _T_72 = ~io_in_isZero; // @[RoundAnyRawFNToRecFN.scala 255:64:freechips.rocketchip.system.DefaultRV32Config.fir@191060.4]
  assign commonCase = _T_71 & _T_72; // @[RoundAnyRawFNToRecFN.scala 255:61:freechips.rocketchip.system.DefaultRV32Config.fir@191061.4]
  assign overflow = commonCase & common_overflow; // @[RoundAnyRawFNToRecFN.scala 256:32:freechips.rocketchip.system.DefaultRV32Config.fir@191062.4]
  assign underflow = commonCase & common_underflow; // @[RoundAnyRawFNToRecFN.scala 257:32:freechips.rocketchip.system.DefaultRV32Config.fir@191063.4]
  assign _T_73 = commonCase & common_inexact; // @[RoundAnyRawFNToRecFN.scala 258:43:freechips.rocketchip.system.DefaultRV32Config.fir@191064.4]
  assign inexact = overflow | _T_73; // @[RoundAnyRawFNToRecFN.scala 258:28:freechips.rocketchip.system.DefaultRV32Config.fir@191065.4]
  assign overflow_roundMagUp = _T_9 | roundMagUp; // @[RoundAnyRawFNToRecFN.scala 261:60:freechips.rocketchip.system.DefaultRV32Config.fir@191067.4]
  assign _T_75 = commonCase & common_totalUnderflow; // @[RoundAnyRawFNToRecFN.scala 263:20:freechips.rocketchip.system.DefaultRV32Config.fir@191068.4]
  assign _T_76 = roundMagUp | roundingMode_odd; // @[RoundAnyRawFNToRecFN.scala 263:60:freechips.rocketchip.system.DefaultRV32Config.fir@191069.4]
  assign pegMinNonzeroMagOut = _T_75 & _T_76; // @[RoundAnyRawFNToRecFN.scala 263:45:freechips.rocketchip.system.DefaultRV32Config.fir@191070.4]
  assign _T_77 = ~overflow_roundMagUp; // @[RoundAnyRawFNToRecFN.scala 264:42:freechips.rocketchip.system.DefaultRV32Config.fir@191071.4]
  assign pegMaxFiniteMagOut = overflow & _T_77; // @[RoundAnyRawFNToRecFN.scala 264:39:freechips.rocketchip.system.DefaultRV32Config.fir@191072.4]
  assign _T_78 = overflow & overflow_roundMagUp; // @[RoundAnyRawFNToRecFN.scala 266:45:freechips.rocketchip.system.DefaultRV32Config.fir@191073.4]
  assign notNaN_isInfOut = notNaN_isSpecialInfOut | _T_78; // @[RoundAnyRawFNToRecFN.scala 266:32:freechips.rocketchip.system.DefaultRV32Config.fir@191074.4]
  assign signOut = isNaNOut ? 1'h0 : io_in_sign; // @[RoundAnyRawFNToRecFN.scala 268:22:freechips.rocketchip.system.DefaultRV32Config.fir@191075.4]
  assign _T_79 = io_in_isZero | common_totalUnderflow; // @[RoundAnyRawFNToRecFN.scala 271:32:freechips.rocketchip.system.DefaultRV32Config.fir@191076.4]
  assign _T_80 = _T_79 ? 9'h1c0 : 9'h0; // @[RoundAnyRawFNToRecFN.scala 271:18:freechips.rocketchip.system.DefaultRV32Config.fir@191077.4]
  assign _T_81 = ~_T_80; // @[RoundAnyRawFNToRecFN.scala 271:14:freechips.rocketchip.system.DefaultRV32Config.fir@191078.4]
  assign _T_82 = common_expOut & _T_81; // @[RoundAnyRawFNToRecFN.scala 270:24:freechips.rocketchip.system.DefaultRV32Config.fir@191079.4]
  assign _T_84 = pegMinNonzeroMagOut ? 9'h194 : 9'h0; // @[RoundAnyRawFNToRecFN.scala 275:18:freechips.rocketchip.system.DefaultRV32Config.fir@191081.4]
  assign _T_85 = ~_T_84; // @[RoundAnyRawFNToRecFN.scala 275:14:freechips.rocketchip.system.DefaultRV32Config.fir@191082.4]
  assign _T_86 = _T_82 & _T_85; // @[RoundAnyRawFNToRecFN.scala 274:17:freechips.rocketchip.system.DefaultRV32Config.fir@191083.4]
  assign _T_87 = pegMaxFiniteMagOut ? 9'h80 : 9'h0; // @[RoundAnyRawFNToRecFN.scala 279:18:freechips.rocketchip.system.DefaultRV32Config.fir@191084.4]
  assign _T_88 = ~_T_87; // @[RoundAnyRawFNToRecFN.scala 279:14:freechips.rocketchip.system.DefaultRV32Config.fir@191085.4]
  assign _T_89 = _T_86 & _T_88; // @[RoundAnyRawFNToRecFN.scala 278:17:freechips.rocketchip.system.DefaultRV32Config.fir@191086.4]
  assign _T_90 = notNaN_isInfOut ? 9'h40 : 9'h0; // @[RoundAnyRawFNToRecFN.scala 283:18:freechips.rocketchip.system.DefaultRV32Config.fir@191087.4]
  assign _T_91 = ~_T_90; // @[RoundAnyRawFNToRecFN.scala 283:14:freechips.rocketchip.system.DefaultRV32Config.fir@191088.4]
  assign _T_92 = _T_89 & _T_91; // @[RoundAnyRawFNToRecFN.scala 282:17:freechips.rocketchip.system.DefaultRV32Config.fir@191089.4]
  assign _T_93 = pegMinNonzeroMagOut ? 9'h6b : 9'h0; // @[RoundAnyRawFNToRecFN.scala 287:16:freechips.rocketchip.system.DefaultRV32Config.fir@191090.4]
  assign _T_94 = _T_92 | _T_93; // @[RoundAnyRawFNToRecFN.scala 286:18:freechips.rocketchip.system.DefaultRV32Config.fir@191091.4]
  assign _T_95 = pegMaxFiniteMagOut ? 9'h17f : 9'h0; // @[RoundAnyRawFNToRecFN.scala 291:16:freechips.rocketchip.system.DefaultRV32Config.fir@191092.4]
  assign _T_96 = _T_94 | _T_95; // @[RoundAnyRawFNToRecFN.scala 290:15:freechips.rocketchip.system.DefaultRV32Config.fir@191093.4]
  assign _T_97 = notNaN_isInfOut ? 9'h180 : 9'h0; // @[RoundAnyRawFNToRecFN.scala 295:16:freechips.rocketchip.system.DefaultRV32Config.fir@191094.4]
  assign _T_98 = _T_96 | _T_97; // @[RoundAnyRawFNToRecFN.scala 294:15:freechips.rocketchip.system.DefaultRV32Config.fir@191095.4]
  assign _T_99 = isNaNOut ? 9'h1c0 : 9'h0; // @[RoundAnyRawFNToRecFN.scala 296:16:freechips.rocketchip.system.DefaultRV32Config.fir@191096.4]
  assign expOut = _T_98 | _T_99; // @[RoundAnyRawFNToRecFN.scala 295:77:freechips.rocketchip.system.DefaultRV32Config.fir@191097.4]
  assign _T_100 = isNaNOut | io_in_isZero; // @[RoundAnyRawFNToRecFN.scala 298:22:freechips.rocketchip.system.DefaultRV32Config.fir@191098.4]
  assign _T_101 = _T_100 | common_totalUnderflow; // @[RoundAnyRawFNToRecFN.scala 298:38:freechips.rocketchip.system.DefaultRV32Config.fir@191099.4]
  assign _T_102 = isNaNOut ? 23'h400000 : 23'h0; // @[RoundAnyRawFNToRecFN.scala 299:16:freechips.rocketchip.system.DefaultRV32Config.fir@191100.4]
  assign _T_103 = _T_101 ? _T_102 : common_fractOut; // @[RoundAnyRawFNToRecFN.scala 298:12:freechips.rocketchip.system.DefaultRV32Config.fir@191101.4]
  assign _T_105 = pegMaxFiniteMagOut ? 23'h7fffff : 23'h0; // @[Bitwise.scala 71:12:freechips.rocketchip.system.DefaultRV32Config.fir@191103.4]
  assign fractOut = _T_103 | _T_105; // @[RoundAnyRawFNToRecFN.scala 301:11:freechips.rocketchip.system.DefaultRV32Config.fir@191104.4]
  assign _T_106 = {signOut,expOut}; // @[Cat.scala 29:58:freechips.rocketchip.system.DefaultRV32Config.fir@191105.4]
  assign _T_108 = {underflow,inexact}; // @[Cat.scala 29:58:freechips.rocketchip.system.DefaultRV32Config.fir@191108.4]
  assign _T_110 = {io_invalidExc,io_infiniteExc,overflow}; // @[Cat.scala 29:58:freechips.rocketchip.system.DefaultRV32Config.fir@191110.4]
  assign io_out = {_T_106,fractOut}; // @[RoundAnyRawFNToRecFN.scala 304:12:freechips.rocketchip.system.DefaultRV32Config.fir@191107.4]
  assign io_exceptionFlags = {_T_110,_T_108}; // @[RoundAnyRawFNToRecFN.scala 305:23:freechips.rocketchip.system.DefaultRV32Config.fir@191112.4]
  assign my_lowMask_io_in = io_in_sExp[8:0]; // @[RoundAnyRawFNToRecFN.scala 161:34:freechips.rocketchip.system.DefaultRV32Config.fir@190970.4]
endmodule

module my_lowMask( // @[:freechips.rocketchip.system.DefaultRV32Config.fir@190850.2]
  input  [8:0]  io_in, // @[:freechips.rocketchip.system.DefaultRV32Config.fir@190851.4]
  output [24:0] io_out // @[:freechips.rocketchip.system.DefaultRV32Config.fir@190851.4]
);
  wire [8:0] _T; // @[primitives.scala 54:40:freechips.rocketchip.system.DefaultRV32Config.fir@190854.4]
  wire  msb; // @[primitives.scala 126:25:freechips.rocketchip.system.DefaultRV32Config.fir@190855.4]
  wire [7:0] lsbs; // @[primitives.scala 128:26:freechips.rocketchip.system.DefaultRV32Config.fir@190856.4]
  wire  msb_1; // @[primitives.scala 126:25:freechips.rocketchip.system.DefaultRV32Config.fir@190857.4]
  wire [6:0] lsbs_1; // @[primitives.scala 128:26:freechips.rocketchip.system.DefaultRV32Config.fir@190858.4]
  wire  msb_2; // @[primitives.scala 126:25:freechips.rocketchip.system.DefaultRV32Config.fir@190859.4]
  wire [5:0] lsbs_2; // @[primitives.scala 128:26:freechips.rocketchip.system.DefaultRV32Config.fir@190860.4]
  wire [64:0] _T_1; // @[primitives.scala 163:58:freechips.rocketchip.system.DefaultRV32Config.fir@190861.4]
  wire [15:0] _T_7; // @[Bitwise.scala 102:31:freechips.rocketchip.system.DefaultRV32Config.fir@190867.4]
  wire [15:0] _T_9; // @[Bitwise.scala 102:65:freechips.rocketchip.system.DefaultRV32Config.fir@190869.4]
  wire [15:0] _T_11; // @[Bitwise.scala 102:75:freechips.rocketchip.system.DefaultRV32Config.fir@190871.4]
  wire [15:0] _T_12; // @[Bitwise.scala 102:39:freechips.rocketchip.system.DefaultRV32Config.fir@190872.4]
  wire [15:0] _GEN_0; // @[Bitwise.scala 102:31:freechips.rocketchip.system.DefaultRV32Config.fir@190877.4]
  wire [15:0] _T_17; // @[Bitwise.scala 102:31:freechips.rocketchip.system.DefaultRV32Config.fir@190877.4]
  wire [15:0] _T_19; // @[Bitwise.scala 102:65:freechips.rocketchip.system.DefaultRV32Config.fir@190879.4]
  wire [15:0] _T_21; // @[Bitwise.scala 102:75:freechips.rocketchip.system.DefaultRV32Config.fir@190881.4]
  wire [15:0] _T_22; // @[Bitwise.scala 102:39:freechips.rocketchip.system.DefaultRV32Config.fir@190882.4]
  wire [15:0] _GEN_1; // @[Bitwise.scala 102:31:freechips.rocketchip.system.DefaultRV32Config.fir@190887.4]
  wire [15:0] _T_27; // @[Bitwise.scala 102:31:freechips.rocketchip.system.DefaultRV32Config.fir@190887.4]
  wire [15:0] _T_29; // @[Bitwise.scala 102:65:freechips.rocketchip.system.DefaultRV32Config.fir@190889.4]
  wire [15:0] _T_31; // @[Bitwise.scala 102:75:freechips.rocketchip.system.DefaultRV32Config.fir@190891.4]
  wire [15:0] _T_32; // @[Bitwise.scala 102:39:freechips.rocketchip.system.DefaultRV32Config.fir@190892.4]
  wire [15:0] _GEN_2; // @[Bitwise.scala 102:31:freechips.rocketchip.system.DefaultRV32Config.fir@190897.4]
  wire [15:0] _T_37; // @[Bitwise.scala 102:31:freechips.rocketchip.system.DefaultRV32Config.fir@190897.4]
  wire [15:0] _T_39; // @[Bitwise.scala 102:65:freechips.rocketchip.system.DefaultRV32Config.fir@190899.4]
  wire [15:0] _T_41; // @[Bitwise.scala 102:75:freechips.rocketchip.system.DefaultRV32Config.fir@190901.4]
  wire [15:0] _T_42; // @[Bitwise.scala 102:39:freechips.rocketchip.system.DefaultRV32Config.fir@190902.4]
  wire [21:0] my_lowMask_1; // @[Cat.scala 29:58:freechips.rocketchip.system.DefaultRV32Config.fir@190919.4]
  wire [21:0] _T_59; // @[primitives.scala 159:25:freechips.rocketchip.system.DefaultRV32Config.fir@190920.4]
  wire [21:0] _T_60; // @[primitives.scala 157:21:freechips.rocketchip.system.DefaultRV32Config.fir@190921.4]
  wire [21:0] my_lowMask_1_1; // @[primitives.scala 157:17:freechips.rocketchip.system.DefaultRV32Config.fir@190922.4]
  wire [2:0] my_lowMask_1_2; // @[Cat.scala 29:58:freechips.rocketchip.system.DefaultRV32Config.fir@190932.4]
  wire [2:0] my_lowMask_2; // @[primitives.scala 134:24:freechips.rocketchip.system.DefaultRV32Config.fir@190933.4]
  wire [24:0] _T_68; // @[Cat.scala 29:58:freechips.rocketchip.system.DefaultRV32Config.fir@190934.4]
  wire [24:0] my_lowMask_1_3; // @[primitives.scala 144:24:freechips.rocketchip.system.DefaultRV32Config.fir@190935.4]
  assign _T = ~io_in; // @[primitives.scala 54:40:freechips.rocketchip.system.DefaultRV32Config.fir@190854.4]
  assign msb = _T[8]; // @[primitives.scala 126:25:freechips.rocketchip.system.DefaultRV32Config.fir@190855.4]
  assign lsbs = _T[7:0]; // @[primitives.scala 128:26:freechips.rocketchip.system.DefaultRV32Config.fir@190856.4]
  assign msb_1 = lsbs[7]; // @[primitives.scala 126:25:freechips.rocketchip.system.DefaultRV32Config.fir@190857.4]
  assign lsbs_1 = lsbs[6:0]; // @[primitives.scala 128:26:freechips.rocketchip.system.DefaultRV32Config.fir@190858.4]
  assign msb_2 = lsbs_1[6]; // @[primitives.scala 126:25:freechips.rocketchip.system.DefaultRV32Config.fir@190859.4]
  assign lsbs_2 = lsbs_1[5:0]; // @[primitives.scala 128:26:freechips.rocketchip.system.DefaultRV32Config.fir@190860.4]
  assign _T_1 = -65'sh10000000000000000 >>> lsbs_2; // @[primitives.scala 163:58:freechips.rocketchip.system.DefaultRV32Config.fir@190861.4]
  assign _T_7 = {{8'd0}, _T_1[57:50]}; // @[Bitwise.scala 102:31:freechips.rocketchip.system.DefaultRV32Config.fir@190867.4]
  assign _T_9 = {_T_1[49:42], 8'h0}; // @[Bitwise.scala 102:65:freechips.rocketchip.system.DefaultRV32Config.fir@190869.4]
  assign _T_11 = _T_9 & 16'hff00; // @[Bitwise.scala 102:75:freechips.rocketchip.system.DefaultRV32Config.fir@190871.4]
  assign _T_12 = _T_7 | _T_11; // @[Bitwise.scala 102:39:freechips.rocketchip.system.DefaultRV32Config.fir@190872.4]
  assign _GEN_0 = {{4'd0}, _T_12[15:4]}; // @[Bitwise.scala 102:31:freechips.rocketchip.system.DefaultRV32Config.fir@190877.4]
  assign _T_17 = _GEN_0 & 16'hf0f; // @[Bitwise.scala 102:31:freechips.rocketchip.system.DefaultRV32Config.fir@190877.4]
  assign _T_19 = {_T_12[11:0], 4'h0}; // @[Bitwise.scala 102:65:freechips.rocketchip.system.DefaultRV32Config.fir@190879.4]
  assign _T_21 = _T_19 & 16'hf0f0; // @[Bitwise.scala 102:75:freechips.rocketchip.system.DefaultRV32Config.fir@190881.4]
  assign _T_22 = _T_17 | _T_21; // @[Bitwise.scala 102:39:freechips.rocketchip.system.DefaultRV32Config.fir@190882.4]
  assign _GEN_1 = {{2'd0}, _T_22[15:2]}; // @[Bitwise.scala 102:31:freechips.rocketchip.system.DefaultRV32Config.fir@190887.4]
  assign _T_27 = _GEN_1 & 16'h3333; // @[Bitwise.scala 102:31:freechips.rocketchip.system.DefaultRV32Config.fir@190887.4]
  assign _T_29 = {_T_22[13:0], 2'h0}; // @[Bitwise.scala 102:65:freechips.rocketchip.system.DefaultRV32Config.fir@190889.4]
  assign _T_31 = _T_29 & 16'hcccc; // @[Bitwise.scala 102:75:freechips.rocketchip.system.DefaultRV32Config.fir@190891.4]
  assign _T_32 = _T_27 | _T_31; // @[Bitwise.scala 102:39:freechips.rocketchip.system.DefaultRV32Config.fir@190892.4]
  assign _GEN_2 = {{1'd0}, _T_32[15:1]}; // @[Bitwise.scala 102:31:freechips.rocketchip.system.DefaultRV32Config.fir@190897.4]
  assign _T_37 = _GEN_2 & 16'h5555; // @[Bitwise.scala 102:31:freechips.rocketchip.system.DefaultRV32Config.fir@190897.4]
  assign _T_39 = {_T_32[14:0], 1'h0}; // @[Bitwise.scala 102:65:freechips.rocketchip.system.DefaultRV32Config.fir@190899.4]
  assign _T_41 = _T_39 & 16'haaaa; // @[Bitwise.scala 102:75:freechips.rocketchip.system.DefaultRV32Config.fir@190901.4]
  assign _T_42 = _T_37 | _T_41; // @[Bitwise.scala 102:39:freechips.rocketchip.system.DefaultRV32Config.fir@190902.4]
  assign my_lowMask_1 = {_T_42,_T_1[58],_T_1[59],_T_1[60],_T_1[61],_T_1[62],_T_1[63]}; // @[Cat.scala 29:58:freechips.rocketchip.system.DefaultRV32Config.fir@190919.4]
  assign _T_59 = ~my_lowMask_1; // @[primitives.scala 159:25:freechips.rocketchip.system.DefaultRV32Config.fir@190920.4]
  assign _T_60 = msb_2 ? 22'h0 : _T_59; // @[primitives.scala 157:21:freechips.rocketchip.system.DefaultRV32Config.fir@190921.4]
  assign my_lowMask_1_1 = ~_T_60; // @[primitives.scala 157:17:freechips.rocketchip.system.DefaultRV32Config.fir@190922.4]
  assign my_lowMask_1_2 = {_T_1[0],_T_1[1],_T_1[2]}; // @[Cat.scala 29:58:freechips.rocketchip.system.DefaultRV32Config.fir@190932.4]
  assign my_lowMask_2 = msb_2 ? my_lowMask_1_2 : 3'h0; // @[primitives.scala 134:24:freechips.rocketchip.system.DefaultRV32Config.fir@190933.4]
  assign _T_68 = {my_lowMask_1_1,3'h7}; // @[Cat.scala 29:58:freechips.rocketchip.system.DefaultRV32Config.fir@190934.4]
  assign my_lowMask_1_3 = msb_1 ? _T_68 : {{22'd0}, my_lowMask_2}; // @[primitives.scala 144:24:freechips.rocketchip.system.DefaultRV32Config.fir@190935.4]
  assign io_out = msb ? my_lowMask_1_3 : 25'h0; // @[primitives.scala 106:16:freechips.rocketchip.system.DefaultRV32Config.fir@190937.4]
endmodule